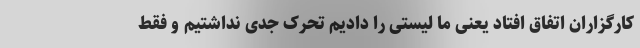
کارگزاران اتفاق افتاد یعنی ما لیستی را دادیم تحرک جدی نداشتیم و فقط